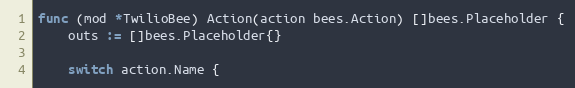
Language: Go
func (mod *TwilioBee) Action(action bees.Action) []bees.Placeholder {
	outs := []bees.Placeholder{}

	switch action.Name {